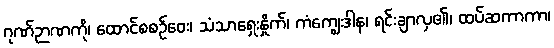
ဂုဏ်ဉာဏကို၊ ထောင်စစဉ်ဝေး၊ သံသာရှေးနှိုက်၊ ကံကျွေးဒါန၊ ရင်းချာလှ၏၊ ထပ်ဆကာကာ၊